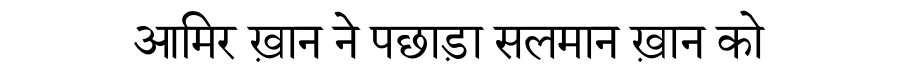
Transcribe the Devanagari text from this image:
आमिर ख़ान ने पछाड़ा सलमान ख़ान को